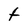
Character: t